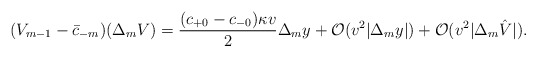
\begin{align*} (V_{m-1}-\bar{c}_{-m})(\Delta_{m}V)=\frac{(c_{+0}-c_{-0})\kappa v}{2}\Delta_my+\mathcal{O}(v^2|\Delta_my|)+\mathcal{O}(v^2|\Delta_m\hat{V}|).\end{align*}